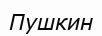
Пушкин